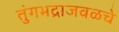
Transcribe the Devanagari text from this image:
तुंगभद्राजवळचे